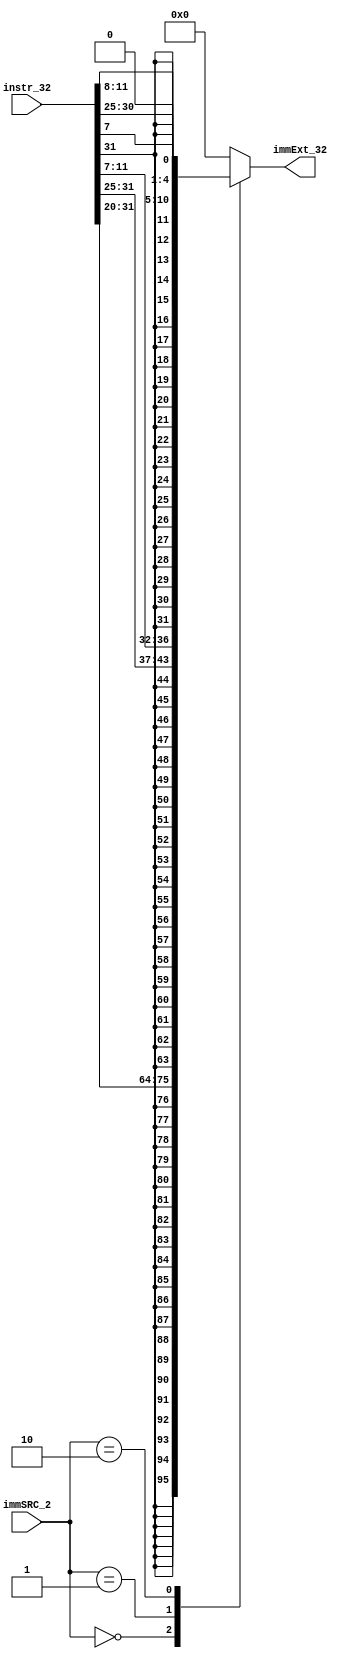
/************************************************************************************************************************************************************************
 * File Description:
 * Module      : Control Unit
 * Level  	   : Low
 * Description : This file Contains the Sign Extend Unit for 32-bit RISC-V Micrprocessor
 * Project	   : 32-Bit RISC-V Microprocessor
 ***********************************************************************************************************************************************************************/
module RISC_SGN_XTND (
    input [31:0]instr_32,
    input [1:0]immSRC_2,
    output reg [31:0]immExt_32
);
    always@(*)
    begin 
        case(immSRC_2)
        2'b00:/**I-type Instruction**/
        immExt_32={{20{instr_32[31]}},instr_32[31:20]};
        2'b01:/**S-type Instruction**/
        immExt_32={{20{instr_32[31]}},instr_32[31:25],instr_32[11:7]};
        2'b10:/**B-type Instruction**/
        immExt_32={{20{instr_32[31]}},instr_32[7],instr_32[30:25],instr_32[11:8],1'b0};
        default:
        immExt_32=0;

        endcase
    end
endmodule